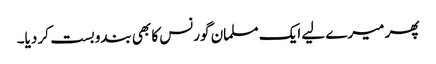
پھر میرے لیے ایک مسلمان گورنس کا بھی بندوبست کر دیا۔